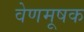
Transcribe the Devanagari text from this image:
वेणमूषक